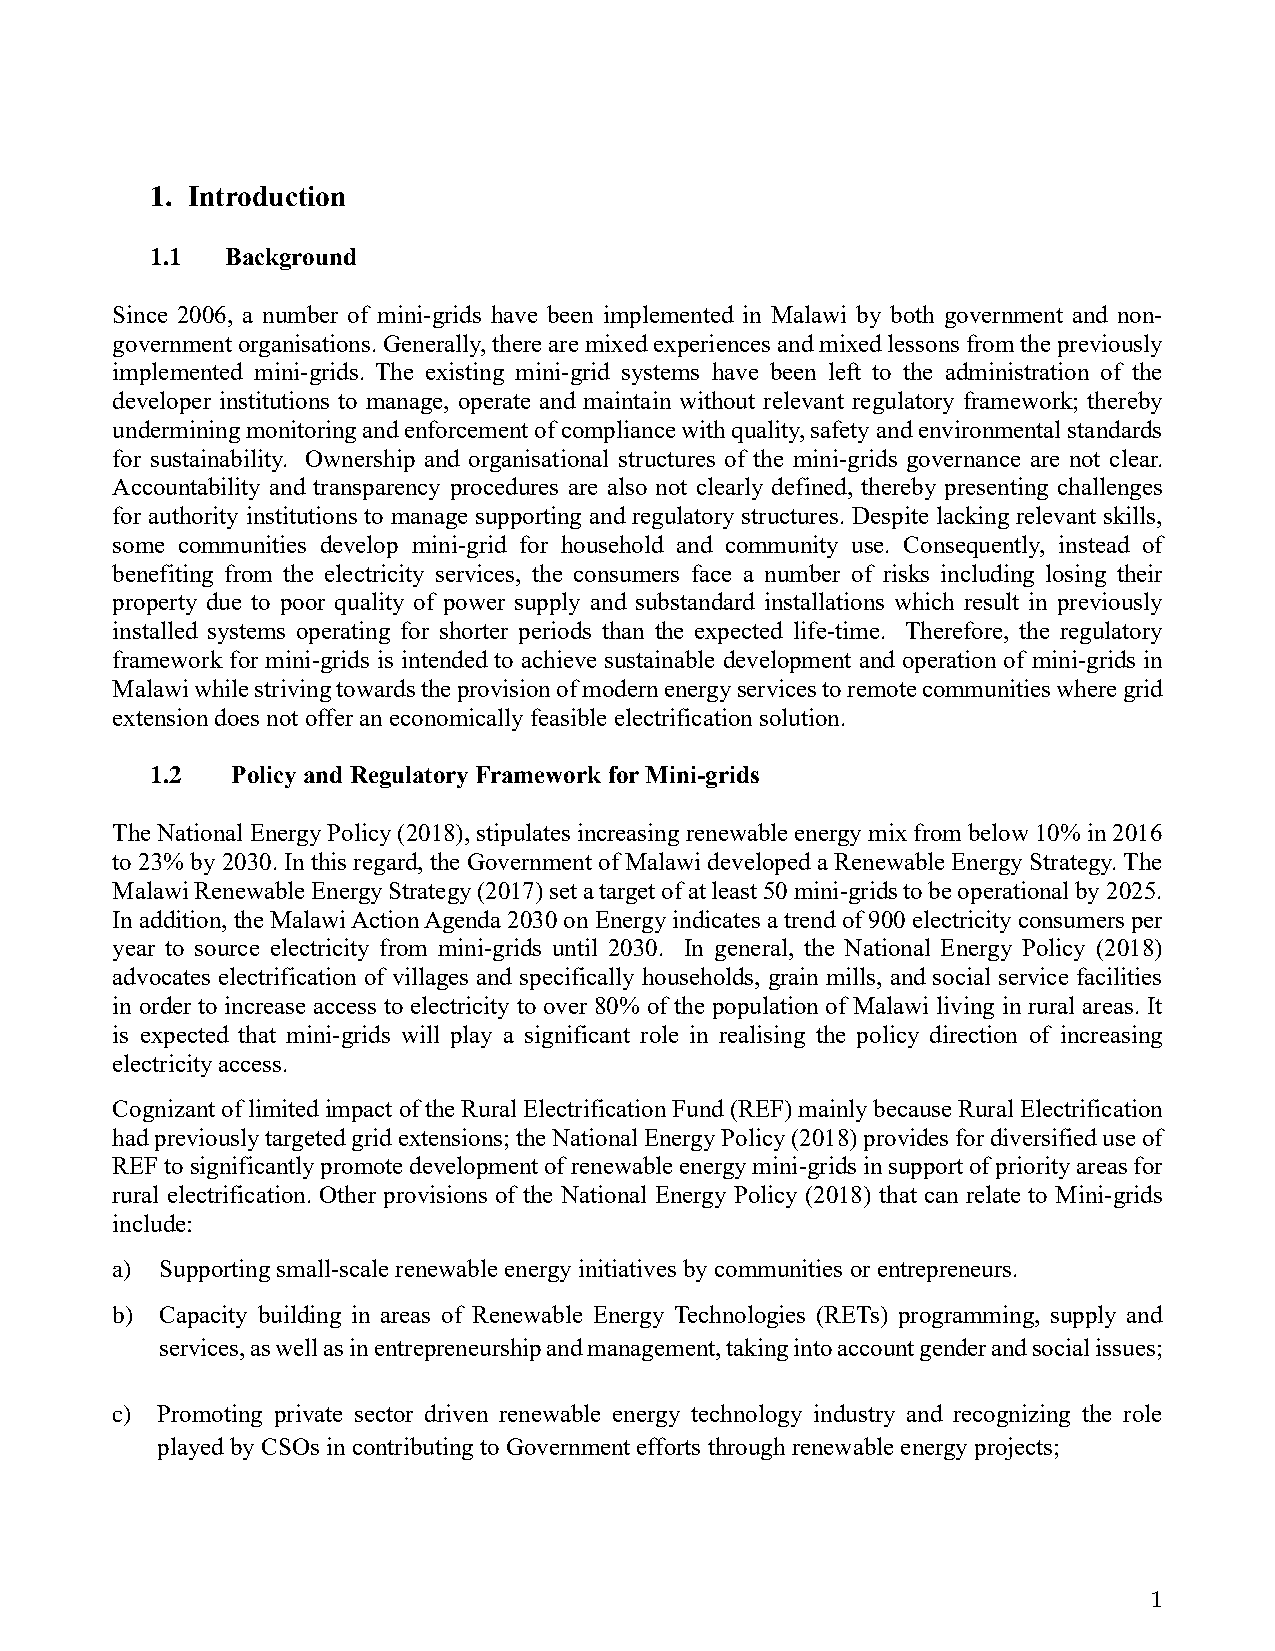
1. Introduction
 1.1  Background
 Since 2006, a number of mini-grids have been implemented in Malawi by both government and non-
 government organisations. Generally, there are mixed experiences and mixed lessons from the previously
 implemented mini-grids. The existing mini-grid systems have been left to the administration of the
 developer institutions to manage, operate and maintain without relevant regulatory framework; thereby
 undermining monitoring and enforcement of compliance with quality, safety and environmental standards
 for sustainability. Ownership and organisational structures of the mini-grids governance are not clear.
 Accountability and transparency procedures are also not clearly defined, thereby presenting challenges
 for authority institutions to manage supporting and regulatory structures. Despite lacking relevant skills,
 some communities develop mini-grid for household and community use. Consequently, instead of
 benefiting from the electricity services, the consumers face a number of risks including losing their
 property due to poor quality of power supply and substandard installations which result in previously
 installed systems operating for shorter periods than the expected life-time. Therefore, the regulatory
 framework for mini-grids is intended to achieve sustainable development and operation of mini-grids in
 Malawi while striving towards the provision of modern energy services to remote communities where grid
 extension does not offer an economically feasible electrification solution.
 1.2  Policy and Regulatory Framework for Mini-grids
 The National Energy Policy (2018), stipulates increasing renewable energy mix from below 10% in 2016
 to 23% by 2030. In this regard, the Government of Malawi developed a Renewable Energy Strategy. The
 Malawi Renewable Energy Strategy (2017) set a target of at least 50 mini-grids to be operational by 2025.
 In addition, the Malawi Action Agenda 2030 on Energy indicates a trend of 900 electricity consumers per
 year to source electricity from mini-grids until 2030. In general, the National Energy Policy (2018)
 advocates electrification of villages and specifically households, grain mills, and social service facilities
 in order to increase access to electricity to over 80% of the population of Malawi living in rural areas. It
 is expected that mini-grids will play a significant role in realising the policy direction of increasing
 electricity access.
 Cognizant of limited impact of the Rural Electrification Fund (REF) mainly because Rural Electrification
 had previously targeted grid extensions; the National Energy Policy (2018) provides for diversified use of
 REF to significantly promote development of renewable energy mini-grids in support of priority areas for
 rural electrification. Other provisions of the National Energy Policy (2018) that can relate to Mini-grids
 include:
 a)  Supporting small-scale renewable energy initiatives by communities or entrepreneurs.
 b)  Capacity building in areas of Renewable Energy Technologies (RETs) programming, supply and
 services, as well as in entrepreneurship and management, taking into account gender and social issues;
 c) Promoting private sector driven renewable energy technology industry and recognizing the role
 played by CSOs in contributing to Government efforts through renewable energy projects;
 1